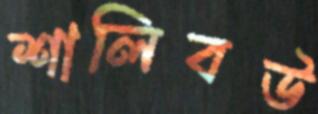
শালিবউ